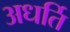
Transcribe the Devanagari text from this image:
अधर्ति